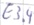
Text: E3.4